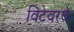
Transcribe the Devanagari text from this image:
विटेवरचे